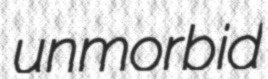
unmorbid